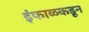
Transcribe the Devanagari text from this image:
इंफाळकडून